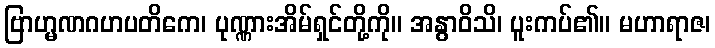
ဗြာဟ္မဏဂဟပတိကေ၊ ပုဏ္ဏားအိမ်ရှင်တို့ကို။ အနွာဝိသိ၊ ပူးကပ်၏။ မဟာရာဇ၊